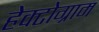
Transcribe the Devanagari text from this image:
हेक्टोग्राम